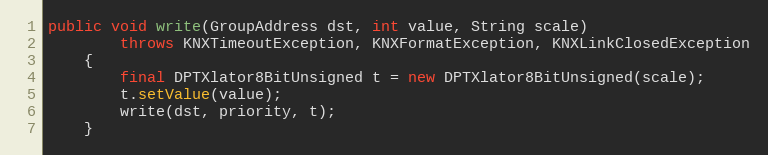
Language: Java
public void write(GroupAddress dst, int value, String scale)
		throws KNXTimeoutException, KNXFormatException, KNXLinkClosedException
	{
		final DPTXlator8BitUnsigned t = new DPTXlator8BitUnsigned(scale);
		t.setValue(value);
		write(dst, priority, t);
	}